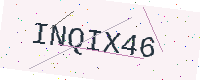
Text: INQIX46